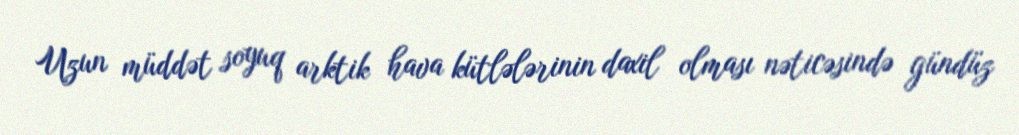
Uzun müddət soyuq arktik hava kütlələrinin daxil olması nəticəsində gündüz